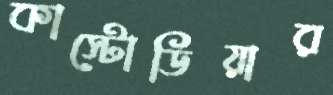
কাস্টোডিয়ার